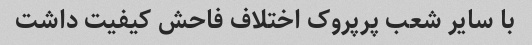
با سایر شعب پرپروک اختلاف فاحش کیفیت داشت